Annual report of the Punjab Veterinary College and of the Civil Veterinary Department, Punjab - 1909-1919
Year: 1909
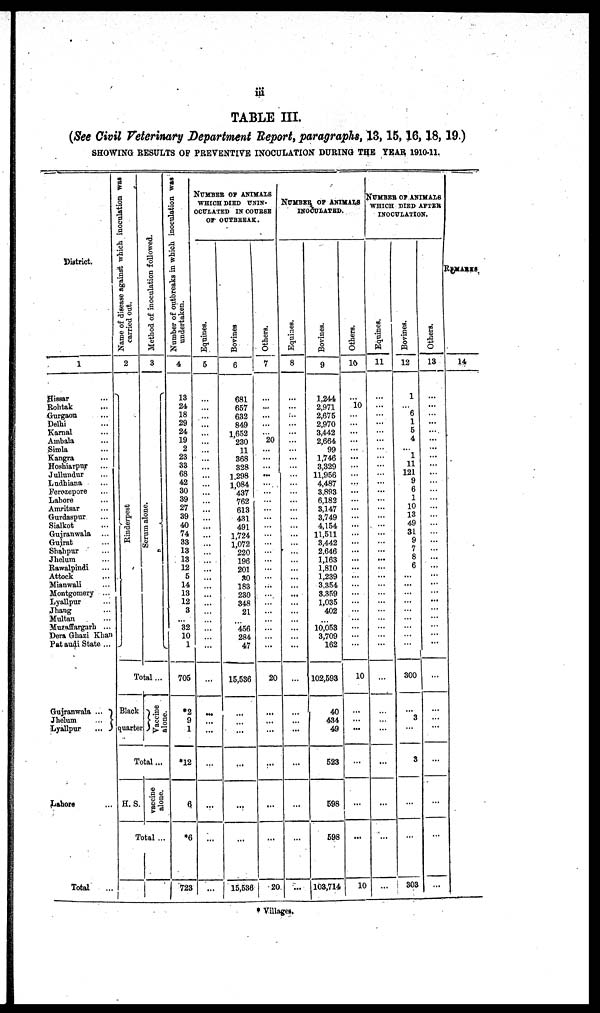
iii
TABLE III.
(See Civil Veterinary Department Report, paragraphs, 13, 15, 16, 18, 19.)
SHOWING RESULTS OF PREVENTIVE INOCULATION DURING THE YEAR 1910-11.
District.
1
Hissar ...
Rohtak ...
Gurgaon ...
Delhi ...
Karnal ...
Ambala ...
Simla ...
Kangra ...
Hoshiarpur ...
Jullundur ...
Ludhiana ...
Ferozepore ...
Lahore
Amritsar ...
Gurdaspur ...
Sialkot ...
Gujranwala ...
Gujrat ...
Shahpur ...
Jhelum ...
Rawalpindi ...
Attock
...
Mianwali ...
Montgomery ...
Lyallpur ...
Jhang ...
Multan ...
Muzaffargarh ...
Dera Ghazi Khan
Pat audi State ...
Gujranwala ...
Jhelum
...
Lyallpur
...
Lahore ...
Total ...
Name of disease against which inoculation was
carried out.
2
Ri nde r
pe s t
Method of inoculation followed.
3
Se r
um alone.
Total...
Black
quarter
Vaccine
alone.
Total ...
H. S.
vaccine
alone.
Total ...
Number of outbreaks in which inoculation was
undertaken.
4
13
24
18
29
24
19
2
23
33
68
42
30
39
27
39
40
74
33
13
13
12
5
14
13
12
3
...
32
10
1
705
*2
9
1
*12
6
*6
723
NUMBER OF ANIMALS
WHICH DIED UNIN-
OCULATED IN COURSE
OF OUTBREAK.
Eqnines.
5
...
...
...
...
...
...
...
...
...
...
...
...
...
...
...
...
...
...
...
...
...
...
...
...
...
...
...
...
...
...
...
...
...
...
...
...
...
...
Bovines
6
681
657
632
849
1,652
230
11
368
328
1.298
1,084
437
762
613
431
491
1,724
1,072
220
196
201
30
183
230
348
21
...
456
284
47
15,536
...
...
...
...
...
...
15,536
Others.
7
...
...
...
...
...
20
...
...
...
...
...
...
...
...
...
...
...
...
...
...
...
...
...
...
...
...
...
...
...
...
20
...
...
...
...
...
...
20
NUMBER OF ANIMALS
INOCULATED.
Equines.
8
...
...
...
...
...
...
...
...
...
...
...
...
...
...
...
...
...
...
...
...
...
...
...
...
...
...
...
...
...
...
...
...
...
...
...
...
...
Bovines.
9
1,244
2,971
2,675
2,970
3,442
2,664
99
1,746
3,329
11,956
4,487
3,893
6,182
3,147
3,749
4,154
11,511
3,442
2,646
1,163
1,810
1,239
3,354
3,359
1,035
402
...
10,053
3,709
162
102,593
40
434
49
523
598
598
103,714
Others.
10
...
10
...
...
...
...
...
...
...
...
...
...
...
...
...
...
...
...
...
...
...
...
...
...
...
...
...
...
...
...
10
...
...
...
...
...
...
10
NUMBER OF ANIMALS
WHICH DIED AFTER
INOCULATION.
Equines.
11
...
...
...
...
...
...
...
...
...
...
...
...
...
...
...
...
...
...
...
...
...
...
...
...
...
...
...
...
...
...
...
...
...
...
...
...
...
...
Bovines.
12
1
...
6
1
5
4
...
1
11
121
9
6
1
10
13
49
31
9
7
8
6
...
...
...
...
...
...
...
...
...
300
...
3
...
3
...
...
303
Others.
13
...
...
...
...
...
...
...
...
...
...
...
...
...
...
...
...
...
...
...
...
...
...
...
...
...
...
...
...
...
...
...
...
...
...
...
...
...
...
REMARKS
14
* Villages.